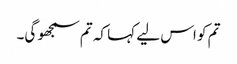
تم کو اس لیے کہا کہ تم سمجھو گی۔